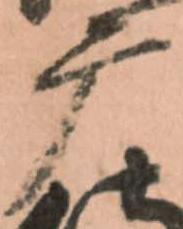
广